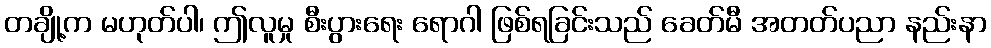
တချို့က မဟုတ်ပါ၊ ဤလူမှု စီးပွားရေး ရောဂါ ဖြစ်ရခြင်းသည် ခေတ်မီ အတတ်ပညာ နည်းနာ